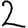
Digit: 2